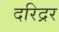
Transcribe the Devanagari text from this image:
दरिद्रर